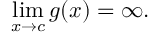
\operatorname* { l i m } _ { x \to c } { g ( x ) } = \infty .